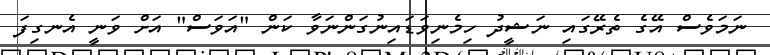
ނަމަވެސް އޭގެ ތެރޭގައި ނަޝީދު ހިމެނިވަޑައިނުގަންނަވާ ކަން "އަވަސް" އަށް ވަނީ އެނގިފަ